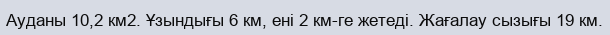
Ауданы 10,2 км2. Ұзындығы 6 км, ені 2 км-ге жетеді. Жағалау сызығы 19 км.